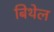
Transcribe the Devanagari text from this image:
बिथेल